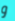
و